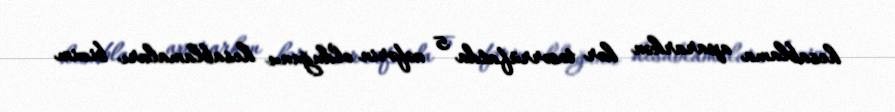
hesablama apararkən hər təsərrüfatda 5 nəfərin olduğunu hesablamaları bizim